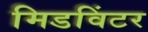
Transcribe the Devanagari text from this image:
मिडविंटर